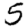
Digit: 5